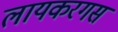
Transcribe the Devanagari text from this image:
लायकरगस